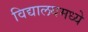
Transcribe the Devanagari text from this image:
विद्यालयमध्ये